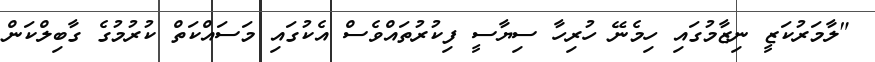
"ލާމަރުކަޒީ ނިޒާމުގައި ހިމެނޭ ހުރިހާ ސިޔާސީ ފިކުރުތައްވެސް އެކުގައި މަސައްކަތް ކުރުމުގެ ގާބިލްކަން